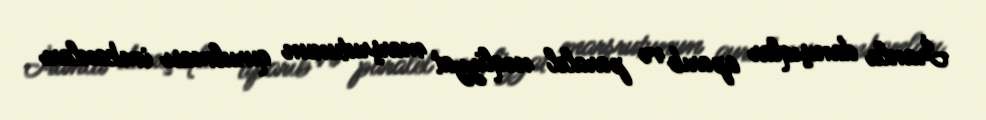
İranla danışıqlar aparıb və paralel nəqliyyat marşrutunun qurulması imkanları